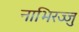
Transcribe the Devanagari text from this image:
नाभिरज्जु